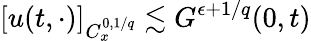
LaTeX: [u(t,\cdot)]_{C_{x}^{0,1/q}}\lesssim G^{\epsilon+1/q}(0,t)